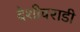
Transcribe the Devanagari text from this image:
देशीवराडी